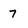
Character: 7